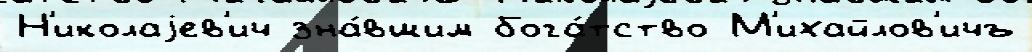
Н'иколаjев'ич зна́вшим бога́тство М'ихайлов'ичъ